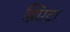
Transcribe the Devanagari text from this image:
ब्रिएटा